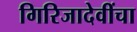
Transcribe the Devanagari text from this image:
गिरिजादेवींचा